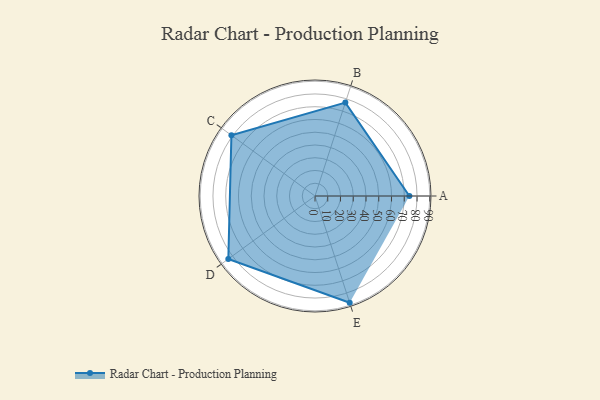
{"axis": {"x": "Skill", "y": "Score"}, "legend": ["Profile"], "data": [{"x": "A", "y": 74.0, "type": "Profile"}, {"x": "B", "y": 77.0, "type": "Profile"}, {"x": "C", "y": 81.0, "type": "Profile"}, {"x": "D", "y": 84.0, "type": "Profile"}, {"x": "E", "y": 88.0, "type": "Profile"}]}